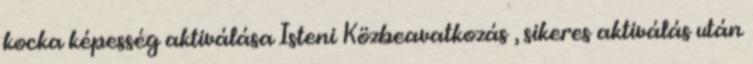
kocka képesség aktiválása Isteni Közbeavatkozás , sikeres aktiválás után